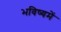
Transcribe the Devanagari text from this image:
भविष्‍यमें